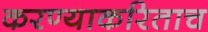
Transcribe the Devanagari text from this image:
करण्याकरिताच